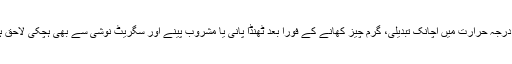
کمرے کے درجہ حرارت میں اچانک تبدیلی، گرم چیز کھانے کے فوراً بعد ٹھنڈا پانی یا مشروب پینے اور سگریٹ نوشی سے بھی ہچکی لاحق ہوسکتی ہے۔